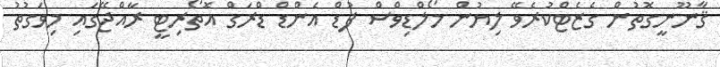
ޤާނޫނީގޮތުން ގެޒެޓްކުރެވޭ ލިޔުން މޯލްޑިވްސް ފުޑް އެންޑް ޑްރަގް އޮތޯރިޓީ ރާއްޖޭގައި މިވަގުތު